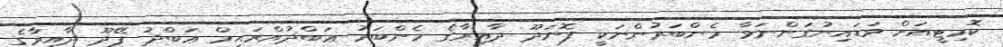
ކޮމިޓީއަށް ވަޑައިނުގަންނަވާ މެންބަރުންނަކީ ފޮނަދޫ ދާއިރާގެ މެންބަރު ޢަބްދުއްރަޙީމް ޢަބްދު ފޭދޫ ދާއިރާގެ